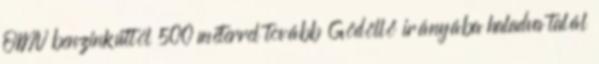
OMV benzinkúttól 500 méterrel tovább Gödöllő irányába haladva talál